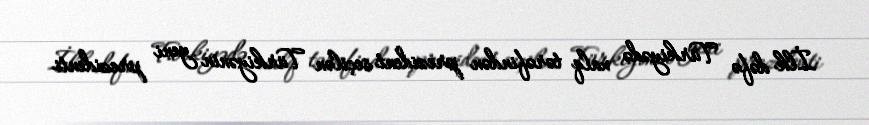
İlk dəfə Türkiyədə xalq tərəfindən prezident seçilən Türkiyənin yeni prezidenti